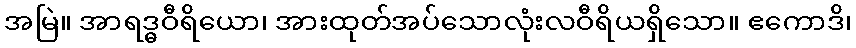
အမြဲ။ အာရဒ္ဓဝီရိယော၊ အားထုတ်အပ်သောလုံးလဝီရိယရှိသော။ ဧကောဒိ၊